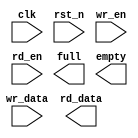
module sync_fifo # (
    parameter DATA_WIDTH = 8,
    parameter FIFO_DEPTH = 8,
    parameter ADDR_WIDTH  = 3
)(
    input  clk,
    input  rst_n,
    input  wr_en,
    input  [DATA_WIDTH-1:0] wr_data,
    input  rd_en,
    output reg [DATA_WIDTH-1:0] rd_data,
    output reg full,
    output reg empty
);

reg [ADDR_WIDTH-1:0] wr_ptr;
reg [ADDR_WIDTH-1:0] rd_ptr;
reg [ADDR_WIDTH:0]   fifo_cnt;
reg [DATA_WIDTH-1:0] buf_mem [0:FIFO_DEPTH-1];

always @(posedge clk or negedge rst_n) begin
    if(!rst_n)
        fifo_cnt <= {(ADDR_WIDTH){1'b0}};
        else begin
            if(rd_en && wr_en && ~full && ~empty)
                fifo_cnt <=fifo_cnt;
            else if(wr_en && ~full)
                fifo_cnt <= fifo_cnt + 1;
            else if(rd_en && ~empty)
                fifo_cnt <= fifo_cnt-1;
        end
end 

always @(posedge clk or negedge rst_n) begin
   if(!rst_n)
        wr_ptr <= {ADDR_WIDTH{1'b0}};
    else begin
        if(wr_ptr==FIFO_DEPTH-1)
            wr_ptr <= {ADDR_WIDTH{1'b0}};
      else if(wr_en && ~full)
            wr_ptr <= wr_ptr + 1'b1;
    end 
end
endmodule